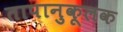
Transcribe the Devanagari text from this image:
तापानुकूलक